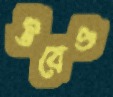
উবেও